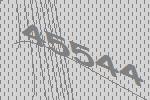
45544